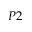
P 2